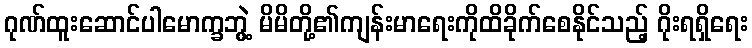
ဂုဏ်ထူးဆောင်ပါမောက္ခဘွဲ့ မိမိတို့၏ကျန်းမာရေးကိုထိခိုက်စေနိုင်သည့် ဂိုးရရှိရေး